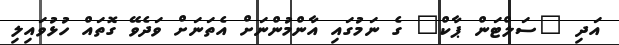
އަދި "ސަލްޓަން ޕާކް" ގެ ނަމުގައި އާންމުންނަށް އެތަނަށް ވަދެވޭ ގޮތައް ހުޅުވައިލި